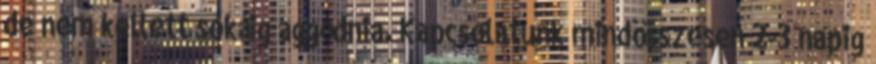
de nem kellett sokáig aggódnia. Kapcsolatunk mindösszesen 2-3 napig